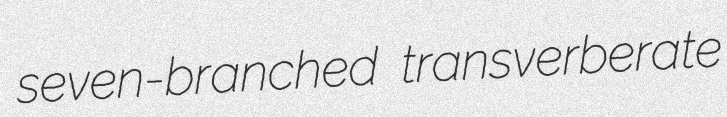
seven-branched transverberate